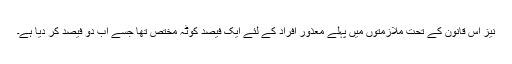
نیز اس قانون کے تحت ملازمتوں میں پہلے معذور افراد کے لئے ایک فیصد کوٹہ مختص تھا جسے اب دو فیصد کر دیا ہے۔